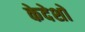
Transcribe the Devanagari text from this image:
केदेशों